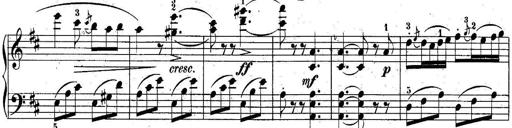
Title: 10 Sonatines progressives
Composer: Anton Schmoll